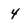
Character: 4